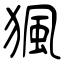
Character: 猦